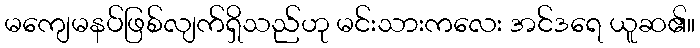
မကျေမနပ်ဖြစ်လျက်ရှိသည်ဟု မင်းသားကလေး အင်ဒရေ ယူဆ၏။